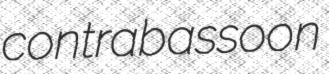
contrabassoon